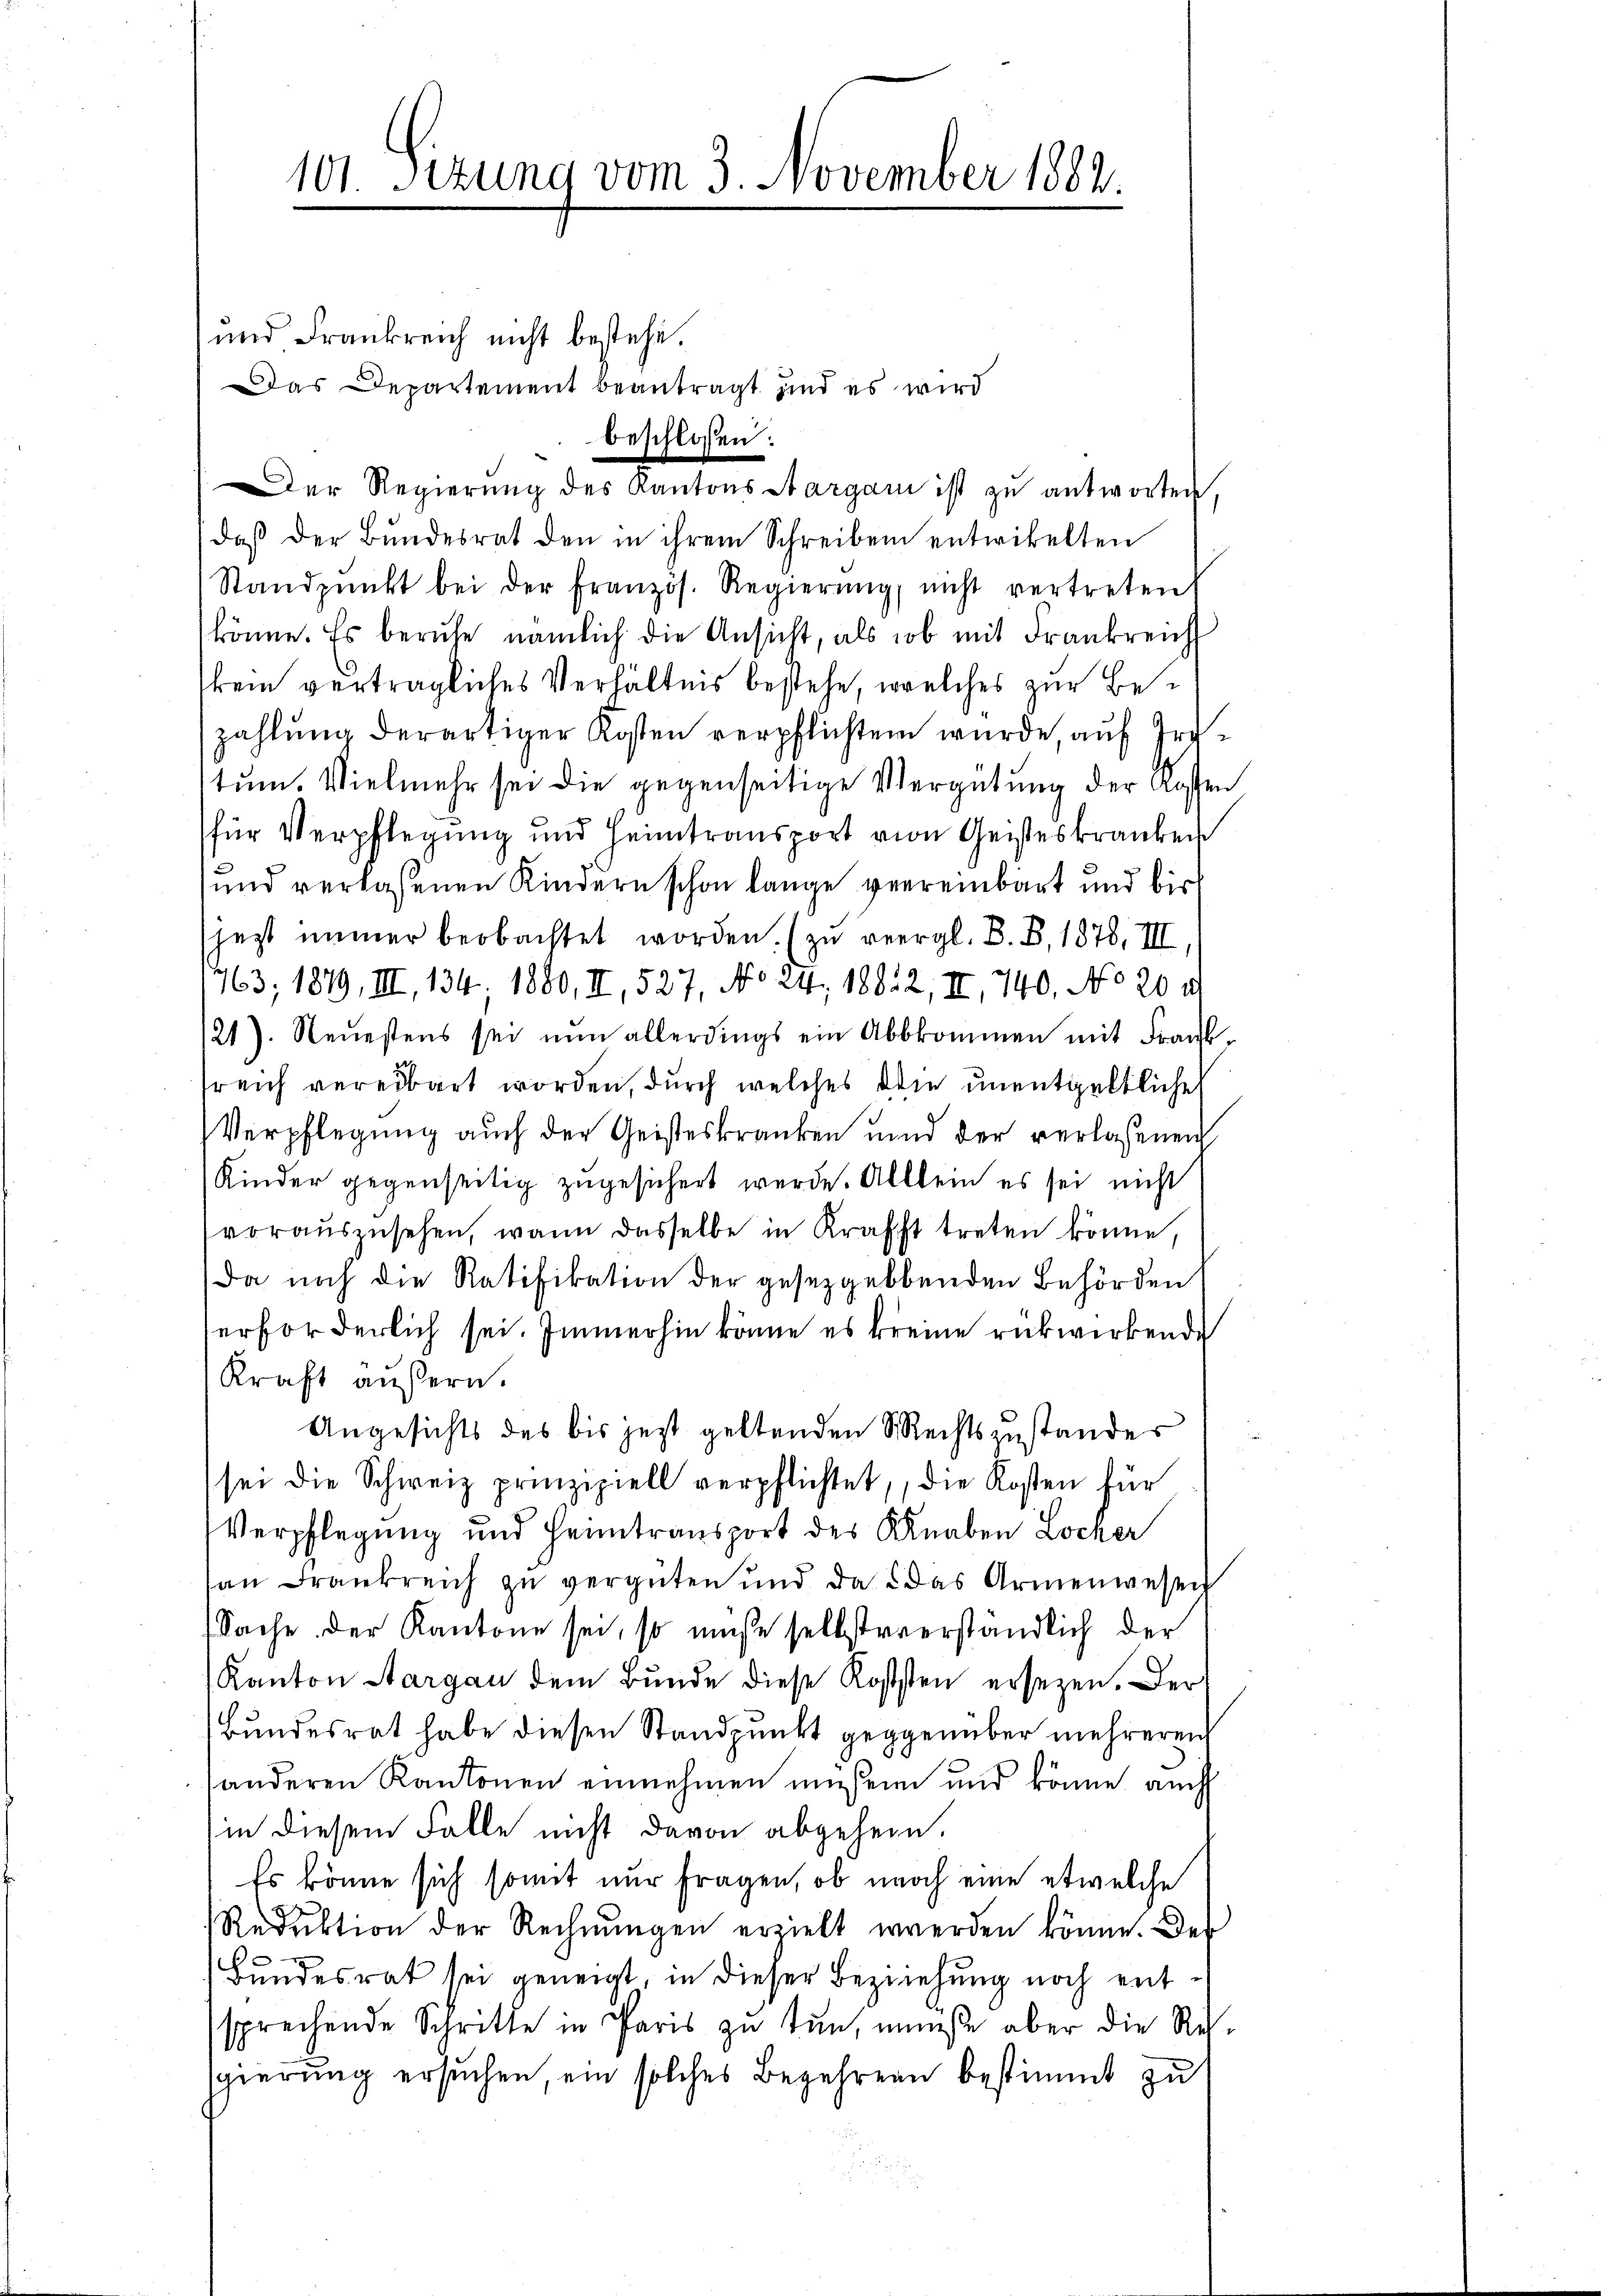
101 Sizung vom 3. November 1882.

und Frankreich nicht bestehe.
Das Departement beantragt und es wird
beschlossen:
Der Regierung des Kantons Aargau ist zu antworten,
daβ der Bŭndesrat den in ihrem Schreiben entwickelten
Standpŭnkt bei der französ. Regierŭng, nicht vertreten
könne. Es beruhe, nämlich die Ansicht, als ob mit Frankreich
kein verträgliches Verhältnis bestehe, welches zur Bezahlung derartiger Kosten verpflichten wurde, auf Irrtum. Vielmehr sei die gegenseitige Vergütung der Kosten
für Verpflegung und Heimtransport von Geisteskranken
und verlaßenen Kindern schon lange verreinbart und bis
jezt immer beobachtet worden. (zu vergl. B. B. 1878, III,
463, 1879, III, 134; 1880, II, 527, No 24. 18812, II, 740. No 20. 19
21). Neuestens sei nŭn allerdings ein Abbkommen mit Frank-
sreich vereibart worden, durch welches die unentgeltliche
Verpflegung auch der Geisteskranken und der verlassenen
Kinder gegenseitig zugesichert werde. Allein es sei nicht
voraŭszŭsehen, wann dasselbe in Krafft treten könne,
Da noch die Ratifikation der gesetzgebenden Behörden
erforderlich sei. Immerhin könne es kreine rückwirkende
Kraft äußern.
Angesichts des bis jetzt geltenden Rechtszustandes
sei die Schweiz prinzipiell verpflichtet, die Kosten für
Verpflegung und Heimtransport des Knaben Locker
an Frankreich zu vergüten und da u. das Armenwesen
(Sache der Kantone sei, so müße selbstverständlich der
Kanton Aargau dem Bunde diese Koststen ersezen. Der
Bundesrat habe diesen Standpunkt gegenüber mehreren
anderen Kantonen einnehmen müssen und könne, auch
in diesem Falle nicht davon abgehen.
Es könne sich somit nur fragen, ob noch eine etwelche
Reduktion der Rechnŭngen erzielt werden könne. Des
Bundesrat sei geneigt in dieser Beziehung noch entsprechende Schritte in Paris zu tun, müste aber die Resggierung ersuchen, ein solches Begehrern bestimmt zu